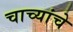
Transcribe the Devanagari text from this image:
चाच्यांचे